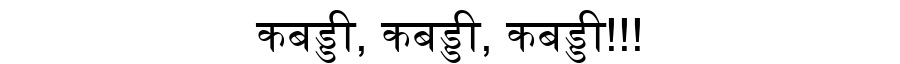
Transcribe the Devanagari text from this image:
कबड्डी, कबड्डी, कबड्डी!!!